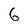
Character: 6